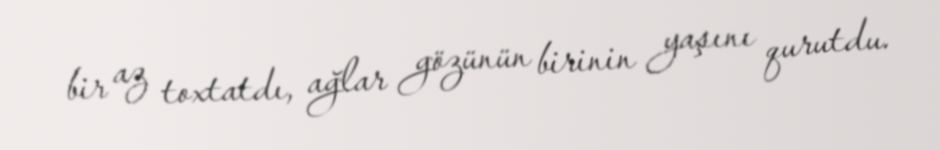
bir az toxtatdı, ağlar gözünün birinin yaşını qurutdu.